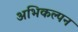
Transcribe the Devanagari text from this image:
अभिकल्‍पन